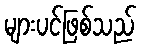
များပင်ဖြစ်သည်